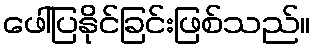
ဖေါ်ပြနိုင်ခြင်းဖြစ်သည်။